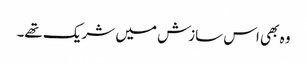
وہ بھی اس سازش میں شریک تھے۔